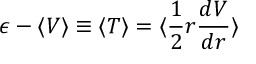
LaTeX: \epsilon - \langle V \rangle \equiv \langle T \rangle = \langle \frac { 1 } { 2 } r \frac { d V } { d r } \rangle